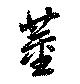
董